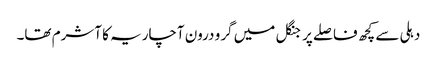
دہلی سے کچھ فاصلے پر جنگل میں گرو درون آچاریہ کا آشرم تھا۔